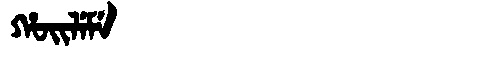
Manchu: ᡥᠣᡳᠯᡝᠮᡝ
Romanization: HOILEME